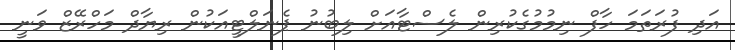
އަދި ފުރަތަމަ ހާފް ނިމުމުގެކުރިން ލެސްޓާއަށް ލިބުނު ޕެނަލްޓީއަކުން ރިޔާދް މަހްރޭޒް ވަނީ